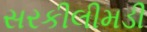
સરકીલીમડી